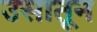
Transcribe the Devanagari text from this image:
उसातून